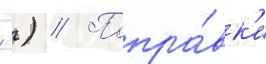
 ) // Попра́вк'и